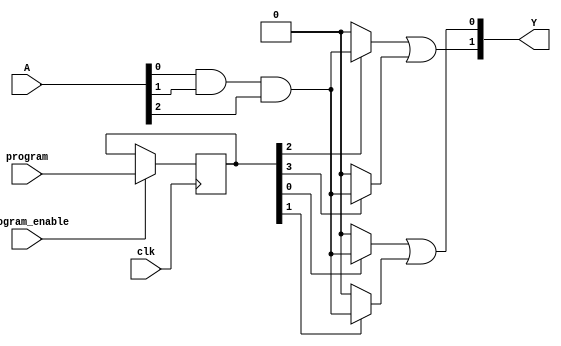
module FlashProgrammablePAL (
    input wire [N-1:0] A,         // Input signals (A, B, C, etc.)
    input wire [M-1:0] program,   // Programming signals to configure AND array
    input wire program_enable,      // Enable signal for programming
    input wire clk,                // Clock signal for timing control
    output wire [P-1:0] Y          // Output signals
);
    parameter N = 3;               // Number of input signals
    parameter M = 8;               // Number of AND gates
    parameter P = 2;               // Number of output signals

    // Internal signals
    wire [M-1:0] and_out;          // Outputs from AND gates
    reg [M-1:0] and_config;        // Configuration for AND gates

    // AND Array: Programmable AND gates
    genvar i;
    generate
        for (i = 0; i < M; i = i + 1) begin : and_array
            assign and_out[i] = (and_config[i]) ? (A[0] & A[1] & A[2]) : 1'b0; // Example logic
        end
    endgenerate

    // OR Array: Fixed OR gates
    assign Y[0] = and_out[0] | and_out[1]; // Example OR logic for output Y[0]
    assign Y[1] = and_out[2] | and_out[3]; // Example OR logic for output Y[1]

    // Programming Logic: Configuration of AND gates
    always @(posedge clk) begin
        if (program_enable) begin
            and_config <= program; // Load programming configuration
        end
    end

endmodule